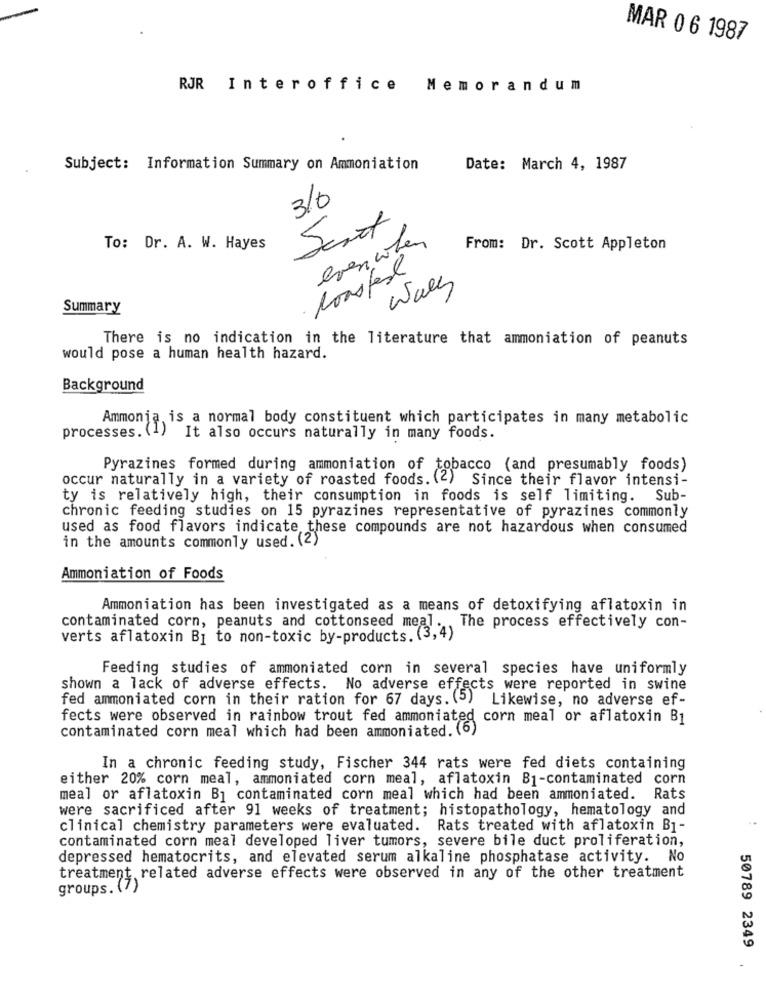
MAR 0 6 1987
RJR Interoffice
Memorandum
Subject: Information Summary on Ammoniation
Date: March 4, 1987
310
Sent
evenwhen
To: Dr. A. W. Hayes
From: Dr. Scott Appleton
Roasfest
wall
Summary
There is no indication in the literature that ammoniation of peanuts
would pose a human health hazard.
Background
Ammonia is a normal body constituent which participates in many metabolic
processes. (1)
It also occurs naturally in many foods.
Pyrazines formed during ammoniation of tobacco (and presumably foods)
occur naturally in a variety of roasted foods. (2) Since their flavor intensi-
ty is relatively high, their consumption in foods is self limiting. Sub-
chronic feeding studies on 15 pyrazines representative of pyrazines commonly
used as food flavors indicate these compounds are not hazardous when consumed
in the amounts commonly used. (2)
Ammoniation of Foods
Ammoniation has been investigated as a means of detoxifying aflatoxin in
contaminated corn, peanuts and cottonseed meal. The process effectively con-
verts aflatoxin Bj to non-toxic by-products. (3,4)
Feeding studies of ammoniated corn in several species have uniformly
shown a lack of adverse effects. No adverse effects were reported in swine
fed ammoniated corn in their ration for 67 days. (5) Likewise, no adverse ef-
fects were observed in rainbow trout fed ammoniated corn meal or aflatoxin B1
contaminated corn meal which had been ammoniated. (6)
In a chronic feeding study, Fischer 344 rats were fed diets containing
either 20% corn meal, ammoniated corn meal, aflatoxin B1-contaminated corn
meal or aflatoxin B1 contaminated corn meal which had been ammoniated. Rats
were sacrificed after 91 weeks of treatment; histopathology, hematology and
clinical chemistry parameters were evaluated. Rats treated with aflatoxin B1-
contaminated corn meal developed liver tumors, severe bile duct proliferation,
depressed hematocrits, and elevated serum alkaline phosphatase activity. No
treatment related adverse effects were observed in any of the other treatment
groups. (7)
50789 2349